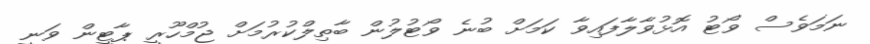
ނަމަވެސް ވޯޓު އޮޅުވާލާފައިވާ ކަމަށް ބުނެ ވޯޓުލުން ބާތިލްކުރުމަށް ޖުމްހޫރީ ޕާޓީން ވަނީ